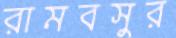
রামবসুর